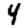
Digit: 4